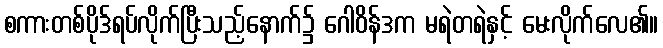
စကားတစ်ပိုဒ်ရပ်လိုက်ပြီးသည့်နောက်၌ ဂေါဝိန်ဒက မရဲတရဲနှင့် မေးလိုက်လေ၏။